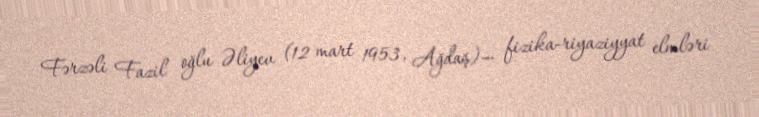
Fərzəli Fazil oğlu Əliyev (12 mart 1953, Ağdaş)— fizika-riyaziyyat elmləri